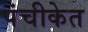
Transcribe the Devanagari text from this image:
पंचीकेत